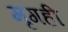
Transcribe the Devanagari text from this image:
मृगही